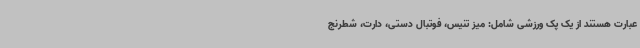
عبارت هستند از یک پک ورزشی شامل: میز تنیس، فوتبال‌ دستی، دارت، شطرنج